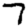
Digit: 7